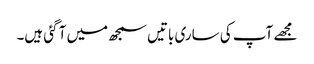
مجھے آپ کی ساری باتیں سمجھ میں آ گئی ہیں۔